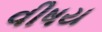
વીષય